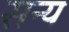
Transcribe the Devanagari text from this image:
सन्य